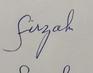
Signature authenticity: genuine